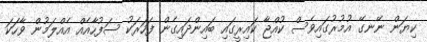
ކިޔަން ނޭނގޭ އުމުރުގައިވެސް ކުއްޖާ ކައިރީގައި ބައިންދައިގެން ފަހަރަކު ސަފުހާއެއް އެއްލަމުން ވާހަކަ